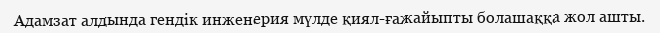
Адамзат алдында гендік инженерия мүлде қиял-ғажайыпты болашаққа жол ашты.